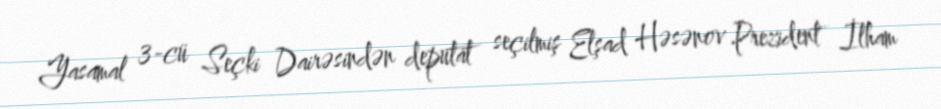
Yasamal 3-cü Seçki Dairəsindən deputat seçilmiş Elşad Həsənov Prezident İlham